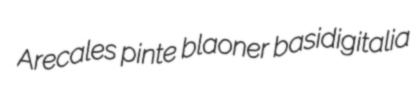
Arecales pinte blaoner basidigitalia